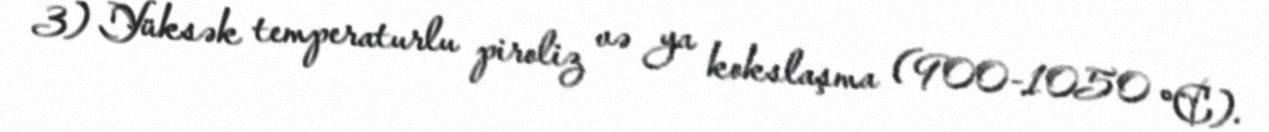
3) Yüksək temperaturlu piroliz və ya kokslaşma (900-1050 °C).